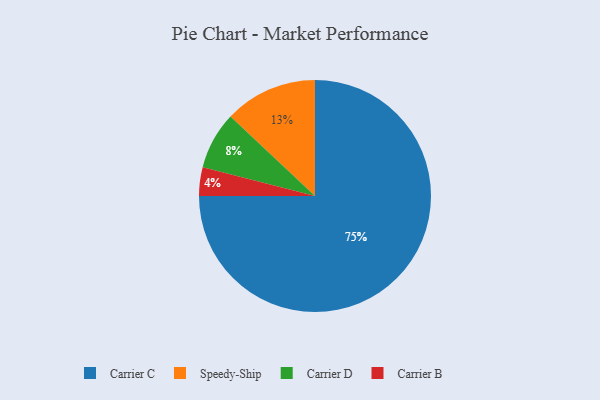
{"axis": {"x": "Category", "y": "Percentage"}, "legend": ["Carrier B", "Carrier C", "Carrier D", "Speedy-Ship"], "data": [{"x": "Carrier C", "y": 75, "type": "Carrier C"}, {"x": "Carrier B", "y": 4, "type": "Carrier B"}, {"x": "Carrier D", "y": 8, "type": "Carrier D"}, {"x": "Speedy-Ship", "y": 13, "type": "Speedy-Ship"}]}